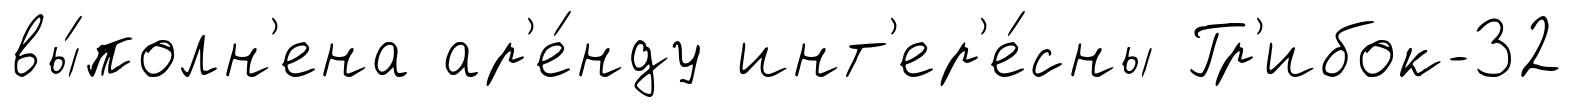
вы́полн'ена ар'е́нду инт'ер'е́сны Гр'ибок-32